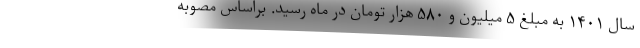
سال ۱۴۰۱ به مبلغ ۵ میلیون و ۵۸۰ هزار تومان در ماه رسید. براساس مصوبه